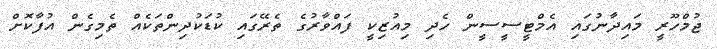
ޖުމްހޫރީ މައިދާނުގައި އެމްޓީސީސީން ހެދި މިއުޒިކީ ފައްވާރުގެ ތެރޭގައި ކުޑަކުދިންތަކެއް ތެމިގެން އުފާކޮށް